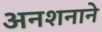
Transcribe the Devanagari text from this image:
अनशनाने